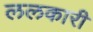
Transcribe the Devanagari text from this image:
ललकारी